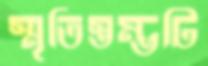
স্মৃতিস্তম্ভটি